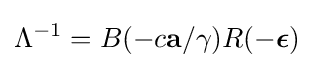
\Lambda ^{-1}=B(-c\mathbf {a} /\gamma )R(-{\boldsymbol {\epsilon }})